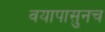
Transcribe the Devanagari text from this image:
वयापासुनच